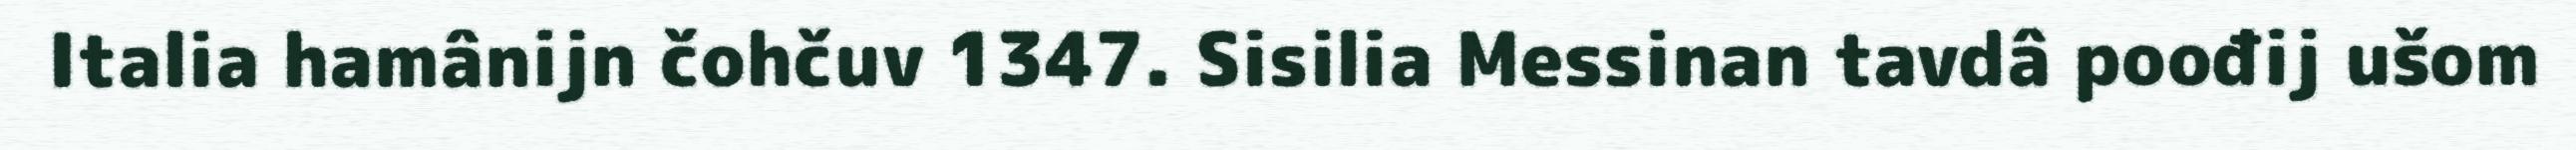
Italia hamânijn čohčuv 1347. Sisilia Messinan tavdâ poođij ušom